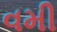
વમી